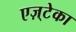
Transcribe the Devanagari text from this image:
एज़्टेका